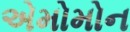
એમોમોન